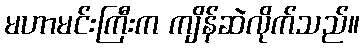
မဟာမင်းကြီးက ကျိန်ဆဲလိုက်သည်။